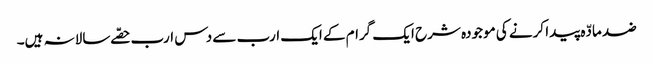
ضد مادّہ پیدا کرنے کی موجودہ شرح ایک گرام کے ایک ارب سے دس ارب حصّے سالانہ ہیں۔